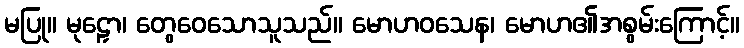
မပြု။ မုဠှော၊ တွေဝေသောသူသည်။ မောဟဝသေန၊ မောဟ၏အစွမ်းကြောင့်။